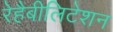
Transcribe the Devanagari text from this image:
रेहैबीलिटेशन